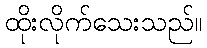
ထိုးလိုက်သေးသည်။